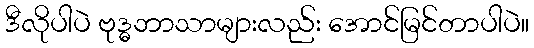
ဒီလိုပါပဲ ဗုဒ္ဓဘာသာများလည်း အောင်မြင်တာပါပဲ။